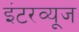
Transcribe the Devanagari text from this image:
इंटरव्यूज